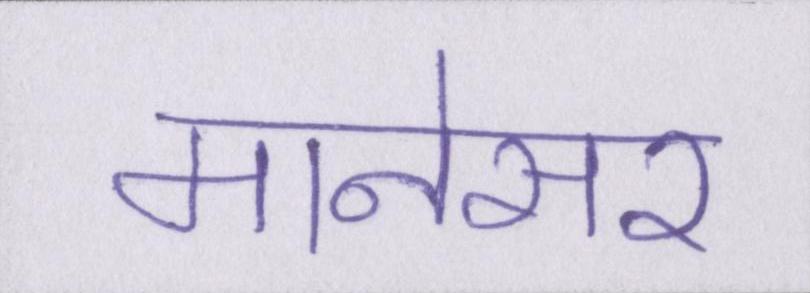
मानेसर